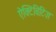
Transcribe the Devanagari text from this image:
ऐक्टिविटिज़